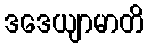
ဒဒေယျာမာတိ